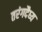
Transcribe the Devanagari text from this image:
तरंगदैघ्य